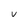
Character: U